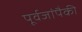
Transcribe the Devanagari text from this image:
पूर्वजांपैकी